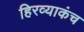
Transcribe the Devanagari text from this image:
हिरव्याकंच